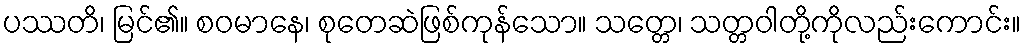
ပဿတိ၊ မြင်၏။ စဝမာနေ၊ စုတေဆဲဖြစ်ကုန်သော။ သတ္တေ၊ သတ္တဝါတို့ကိုလည်းကောင်း။